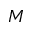
M